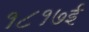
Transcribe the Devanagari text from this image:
१८१७ई